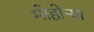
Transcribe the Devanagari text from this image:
मोहोऱ्या